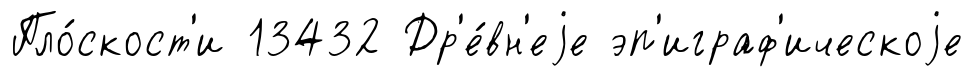
Пло́скост'и 13432 Др'е́вн'еjе эп'играф'ическоjе